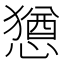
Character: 𫻆